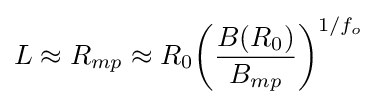
L\approx R_{mp}\approx R_{0}{\biggl (}{\frac {B(R_{0})}{B_{mp}}}{\biggr )}^{1/f_{o}}